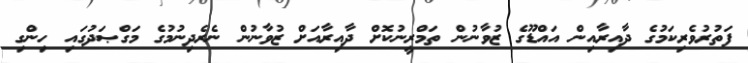
ފަތުރުވެރިކަމުގެ ދާއިރާއިން އައްޑޫގެ ޒުވާނުން ތަމްރީނުކޮށް ދާއިރާއަށް ޒުވާނުން ނެރެދިނުމުގެ މަގްޞަދުގައި ހިންގި